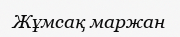
Жұмсақ маржан